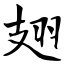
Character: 翅